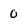
Character: 0